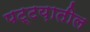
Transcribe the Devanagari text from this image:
पट्टय़ातील